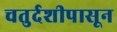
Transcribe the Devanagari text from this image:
चतुर्दशीपासून